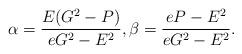
LaTeX: \begin{align*}\alpha=\frac{E(G^2-P)}{eG^2-E^2}, \beta=\frac{eP-E^2}{eG^2-E^2}.\end{align*}